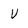
Character: V